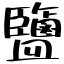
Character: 鹽